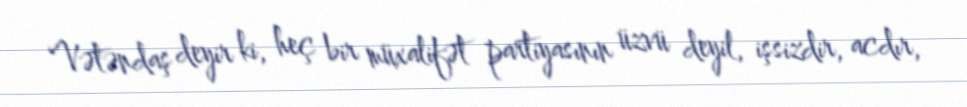
Vətəndaş deyir ki, heç bir müxalifət partiyasının üzvü deyil, işsizdir, acdır,